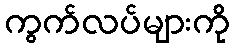
ကွက်လပ်များကို